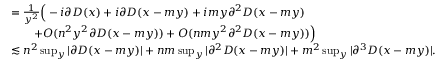
\begin{array} { r l } & { = \frac { 1 } { y ^ { 2 } } \Big ( - i \partial D ( x ) + i \partial D ( x - m y ) + i m y \partial ^ { 2 } D ( x - m y ) } \\ & { \qquad + O ( n ^ { 2 } y ^ { 2 } \partial D ( x - m y ) ) + O ( n m y ^ { 2 } \partial ^ { 2 } D ( x - m y ) ) \Big ) } \\ & { \lesssim n ^ { 2 } \operatorname* { s u p } _ { y } | \partial D ( x - m y ) | + n m \operatorname* { s u p } _ { y } | \partial ^ { 2 } D ( x - m y ) | + m ^ { 2 } \operatorname* { s u p } _ { y } | \partial ^ { 3 } D ( x - m y ) | . } \end{array}